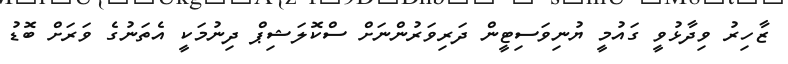
ޒާހިރު ވިދާޅުވީ ގައުމީ ޔުނިވަސިޓީން ދަރިވަރުންނަށް ސްކޮލަޝިޕް ދިނުމަކީ އެތަނުގެ ވަރަށް ބޮޑު